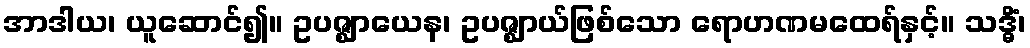
အာဒါယ၊ ယူဆောင်၍။ ဥပဇ္ဈာယေန၊ ဥပဇ္ဈာယ်ဖြစ်သော ရောဟဏမထေရ်နှင့်။ သဒ္ဓိံ၊